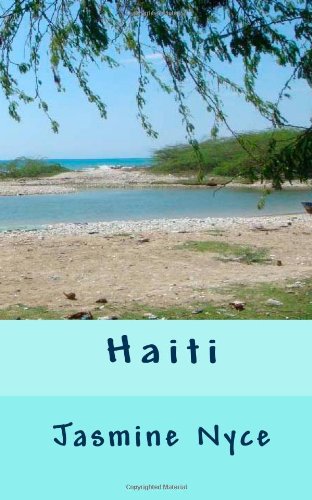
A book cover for Haiti; Jasmine Nyce; Travel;